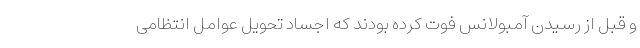
و قبل از رسیدن آمبولانس فوت کرده بودند که اجساد تحویل عوامل انتظامی